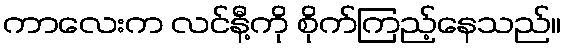
ကာလေးက လင်နီ့ကို စိုက်ကြည့်နေသည်။